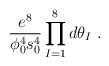
\begin{align*}\frac{e^8}{\phi_0^4 s_0^4} \prod_{I=1}^8 d\theta_I\ . \end{align*}